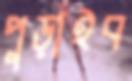
পুড়াইব